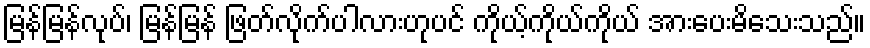
မြန်မြန်လုပ်၊ မြန်မြန် ဖြတ်လိုက်ပါလားဟုပင် ကိုယ့်ကိုယ်ကိုယ် အားပေးမိသေးသည်။